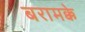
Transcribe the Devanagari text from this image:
बरामक्के